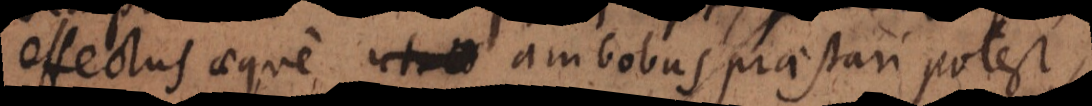
effectus aeque ambobus praestari potest,